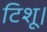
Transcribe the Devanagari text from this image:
टिशू।